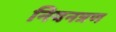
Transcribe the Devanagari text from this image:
नियनत्रण